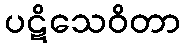
ပဋိသေဝိတာ